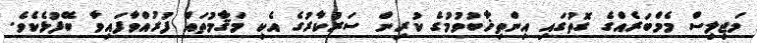
މަޖިލިސް މެމްބަރެއްގެ ގޮތުގައި އިންތިޚާބުވުމުގެ ކުރިން ސަރުކާރުގެ އެކި މަޤާމުތައް ފުރުއްވާފައިވާ ބޭފުޅެކެވެ.